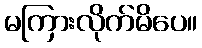
မကြားလိုက်မိပေ။